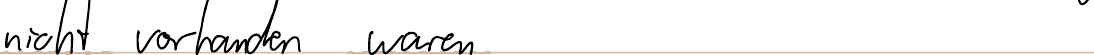
nicht vorhanden waren